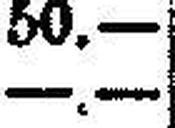
—.—